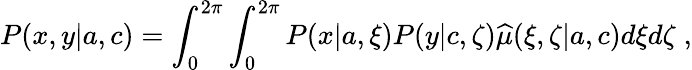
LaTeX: P(x,y|{a},{c})=\int_{0}^{2\pi}\int_{0}^{2\pi}P(x|{a},\xi)P(y|{c},\zeta){\widehat\mu}(\xi,\zeta|{a},{c})d\xi d\zeta\; ,